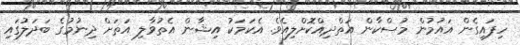
ހިފައިގެން އައުމުން މުސްކާން އަތްދިއްކޮށްލިއެވެ. އެކަމަކު އިޝާން އެތުވާލި އަތަށް ދިނުމުގެ ބަދަލުގައި